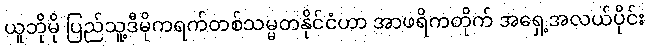
ယူဘိုမို ပြည်သူ့ဒီမိုကရက်တစ်သမ္မတနိုင်ငံဟာ အာဖရိကတိုက် အရှေ့အလယ်ပိုင်း